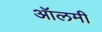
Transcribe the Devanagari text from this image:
ऑलमी